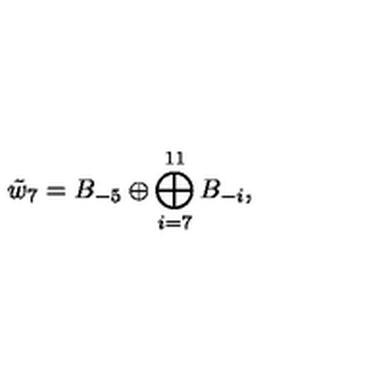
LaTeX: \tilde { w } _ { 7 } = B _ { - 5 } \oplus \bigoplus _ { i = 7 } ^ { 1 1 } B _ { - i } ,